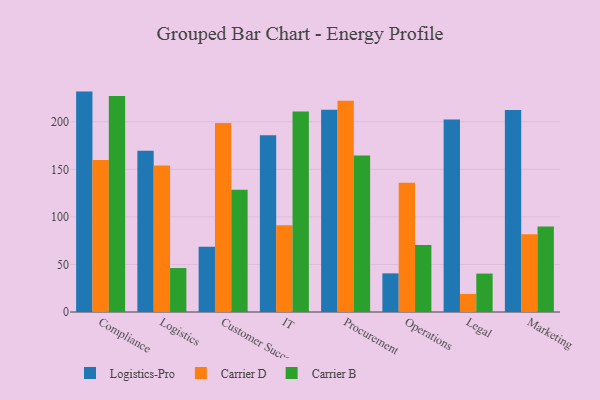
{"axis": {"x": "Department", "y": "Churn Rate (%)"}, "legend": ["Carrier B", "Carrier D", "Logistics-Pro"], "data": [{"x": "Compliance", "y": 231.7, "type": "Logistics-Pro"}, {"x": "Compliance", "y": 159.9, "type": "Carrier D"}, {"x": "Compliance", "y": 227.0, "type": "Carrier B"}, {"x": "Logistics", "y": 169.5, "type": "Logistics-Pro"}, {"x": "Logistics", "y": 153.9, "type": "Carrier D"}, {"x": "Logistics", "y": 46.2, "type": "Carrier B"}, {"x": "Customer Success", "y": 68.5, "type": "Logistics-Pro"}, {"x": "Customer Success", "y": 198.8, "type": "Carrier D"}, {"x": "Customer Success", "y": 128.5, "type": "Carrier B"}, {"x": "IT", "y": 185.7, "type": "Logistics-Pro"}, {"x": "IT", "y": 91.2, "type": "Carrier D"}, {"x": "IT", "y": 210.9, "type": "Carrier B"}, {"x": "Procurement", "y": 212.6, "type": "Logistics-Pro"}, {"x": "Procurement", "y": 222.0, "type": "Carrier D"}, {"x": "Procurement", "y": 164.5, "type": "Carrier B"}, {"x": "Operations", "y": 40.6, "type": "Logistics-Pro"}, {"x": "Operations", "y": 136.0, "type": "Carrier D"}, {"x": "Operations", "y": 70.5, "type": "Carrier B"}, {"x": "Legal", "y": 202.3, "type": "Logistics-Pro"}, {"x": "Legal", "y": 19.0, "type": "Carrier D"}, {"x": "Legal", "y": 40.4, "type": "Carrier B"}, {"x": "Marketing", "y": 212.3, "type": "Logistics-Pro"}, {"x": "Marketing", "y": 81.8, "type": "Carrier D"}, {"x": "Marketing", "y": 89.8, "type": "Carrier B"}]}